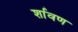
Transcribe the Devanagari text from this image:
र्शावण